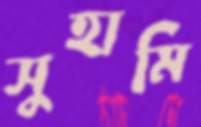
সুহামি